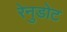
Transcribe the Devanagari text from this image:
रेनुडोट